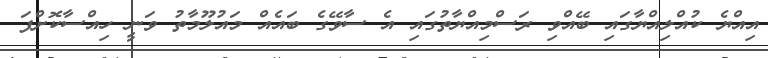
އިއްޔެ ކުއްލިއްޔާގައި ބޭއްވި ރަސްމިއްޔާތުގައި އެ ސާވޭގެ ބައެއް މައުލޫމާތު ވަނީ ހިއްސާކޮށްފަ